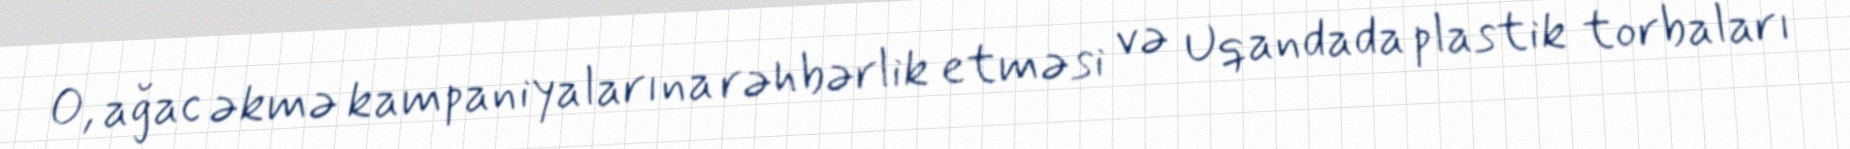
O, ağac əkmə kampaniyalarına rəhbərlik etməsi və Uqandada plastik torbaları